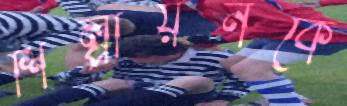
শিল্পায়নকে